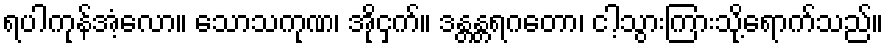
ရပါကုန်အံ့လော။ သောသကုဏ၊ အိုငှက်။ ဒန္တန္တရဂတော၊ ငါ့သွားကြားသို့ရောက်သည်။